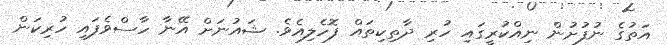
އަތުގެ ނުފުށުން ނިއްކުރީގައި ހުރި ދާތިކިތައް ފޮހެލިއެވެ. ޝައުނަށް އޭނާ ހާސްވެފައި ހުރިކަން